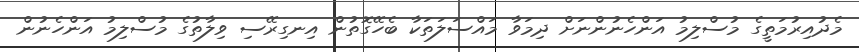
މެދުއިރުމަތީގެ މުސްލިމު އަންހެނުންނަށް ދިމަވާ މައްސަލަތަކާ ބެހޭގޮތުން އިނގިރޭސި ވިލާތުގެ މުސްލިމު އަންހެނުން